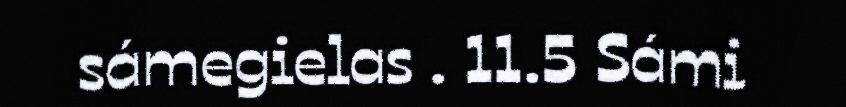
sámegielas . 11.5 Sámi